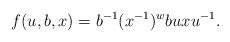
LaTeX: \begin{align*}f(u,b,x)=b ^{-1} (x ^{-1})^w b u x u ^{-1}.\end{align*}